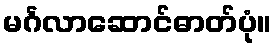
မင်္ဂလာဆောင်ဓာတ်ပုံ။